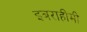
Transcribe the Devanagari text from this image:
इबराहीमी